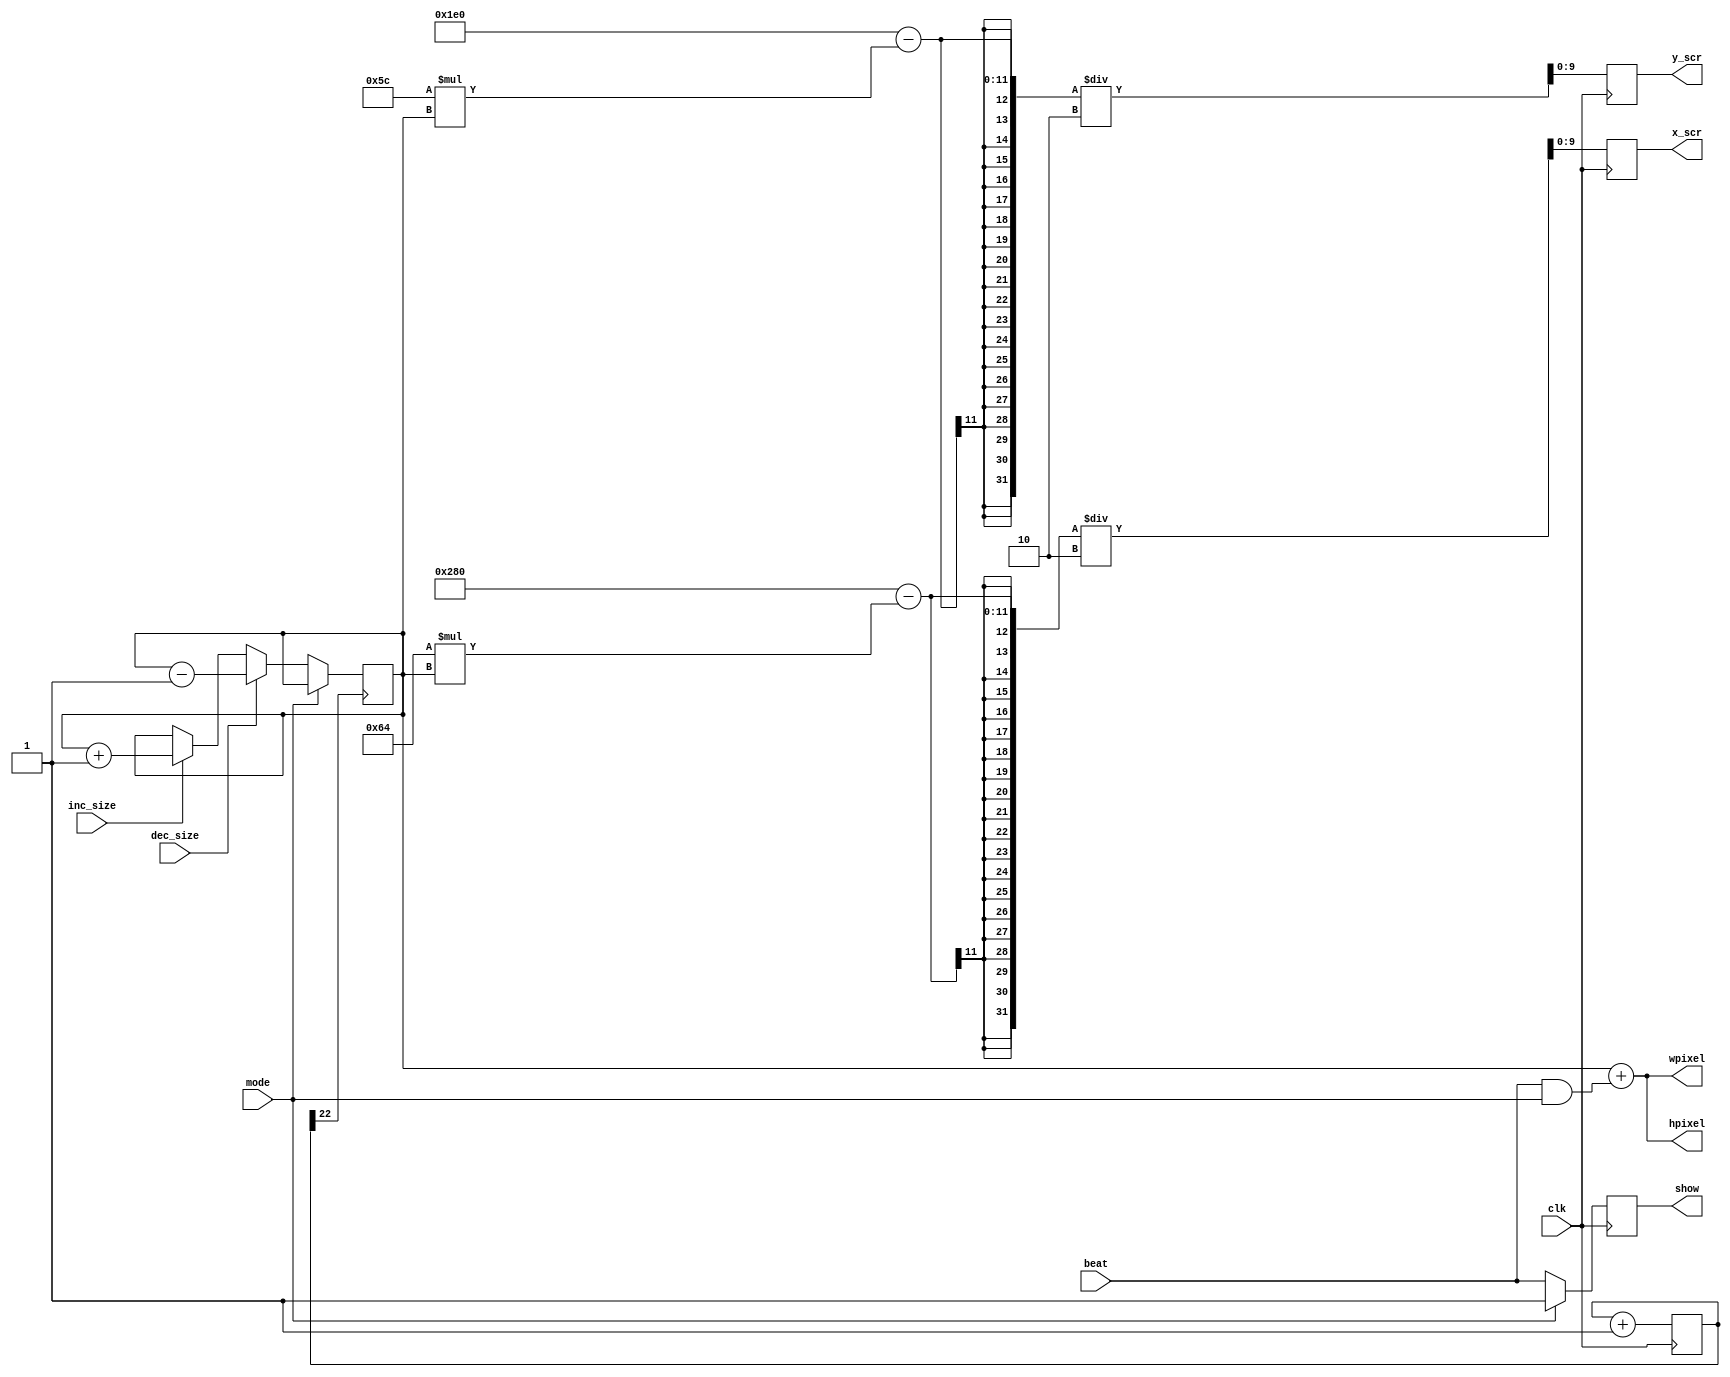
//////////////////////////////////////////////////////////////////////////////////
// Company: Ridotech
// 
// Module Name: dynamic
// Description: Dynamic behaviour of heart.
//
// Dependencies: 
//
// Revision: 
// Revision 0.01 - File Created
//
// Additional Comments: 
//
//////////////////////////////////////////////////////////////////////////////////
module dynamic (
                input  wire        clk,        // System clock (pixel clock).
                input  wire        beat,       // Heart's beat.
                output reg  [9:0]  x_scr,      // X position for heart.
                output reg  [9:0]  y_scr,      // Y position for heart.
                input  wire        inc_size,   // Increase pixel's size.
                input  wire        dec_size,   // Decrease pixel's size.
                output wire [3:0]  wpixel,     // Pixel's width.
                output wire [3:0]  hpixel,     // Pixel's height.
                input  wire        mode,       // Beat mode: <on/off> or <big/small>.
                output reg         show        // Turn on or off the heart.
               );

    // Dimensions.
    localparam width_scr  = 640;
    localparam height_scr = 480;
    localparam width_rom  = 100;
    localparam height_rom = 92;
    localparam max_pix = 8;
    localparam min_pix = 1;
    
    // Delay.
    reg [31:0] counter = 0;          // Counter for delay.
    
    // Register.
    reg [3:0] size = 3;
    
    // Change the size of the heart with the beat signal.
    assign wpixel = size + (beat & mode);
    assign hpixel = size + (beat & mode);    
           
    // Increment and decrement size (with delay for buttons).
    always @(posedge counter[22])
    begin
        if (~mode)
        begin
            // Increment size of pixel.
            if (inc_size)
            begin
               size <= size + 1;
            end

            // Decrement size of pixel.
            if (dec_size)
            begin
               size <= size - 1;
            end
        end
    end
    
    // Actualice counter.
    always @(posedge clk)
    begin
        counter <= counter + 1;
    end
    
    // Behaviour heart's beat.
    always @ (posedge clk)
    begin
        // Inc & Dec limit.
        //if (wpixel > max_pix) wpixel <= min_pix;
        //if (wpixel < min_pix) wpixel <= max_pix;
        //if (hpixel > max_pix) hpixel <= min_pix;
        //if (hpixel < min_pix) hpixel <= max_pix;
        
        // Center the heart in screen.
        x_scr <= (width_scr - width_rom*size)/2;
        y_scr <= (height_scr - height_rom*size)/2;
        
        // If (~mode) turn on/off pixel in graphics module.
        if (~mode)
            show <= beat;
        else
            show <= 1'b1;
    end
endmodule